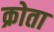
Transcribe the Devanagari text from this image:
क्रोता